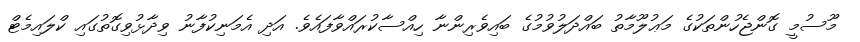
މޫސުމީ ގޮންޖެހުންތަކުގެ މަޢުލޫމާތު ބައްދަލުވުމުގެ ބައިވެރިންނާ ހިއްސާކުރައްވާފައެވެ. އަދި އެމަނިކުފާނު ވިދާޅުވިގޮތުގައި ކްލައިމެޓް